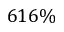
6 1 6 \%